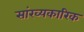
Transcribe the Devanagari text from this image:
सांख्यकारिक